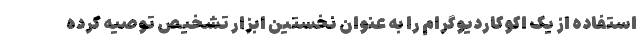
استفاده از یک اکوکاردیوگرام را به عنوان نخستین ابزار تشخیص توصیه کرده